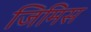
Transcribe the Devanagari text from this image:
जिमिस